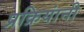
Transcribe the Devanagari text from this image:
प्रक्रियांनी